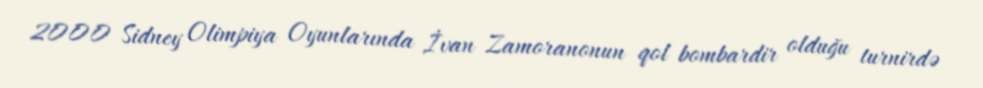
2000 Sidney Olimpiya Oyunlarında İvan Zamoranonun qol bombardir olduğu turnirdə